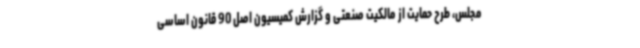
مجلس، طرح حمایت از مالکیت صنعتی و گزارش کمیسیون اصل 90 قانون اساسی